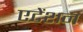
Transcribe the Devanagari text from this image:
एटेंशन